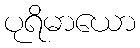
ပုရိမာယော